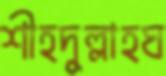
শীহদুল্লাহঘ